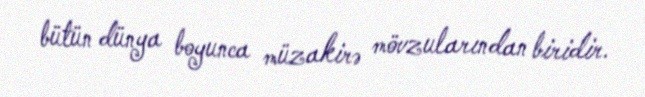
bütün dünya boyunca müzakirə mövzularından biridir.